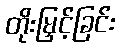
တိုးမြှင့်ခြင်း